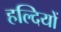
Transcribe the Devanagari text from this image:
हल्दियों